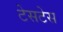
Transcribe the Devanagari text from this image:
टेसटेस